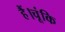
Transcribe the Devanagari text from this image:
हैं।चूंकि